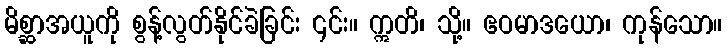
မိစ္ဆာအယူကို စွန့်လွတ်နိုင်ခဲခြင်း ၎င်း။ ဣတိ၊ သို့။ ဧဝမာဒယော၊ ကုန်သော။